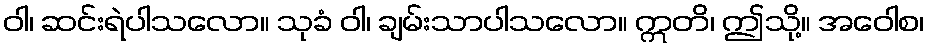
ဝါ၊ ဆင်းရဲပါသလော။ သုခံ ဝါ၊ ချမ်းသာပါသလော။ ဣတိ၊ ဤသို့။ အဝေါစ၊